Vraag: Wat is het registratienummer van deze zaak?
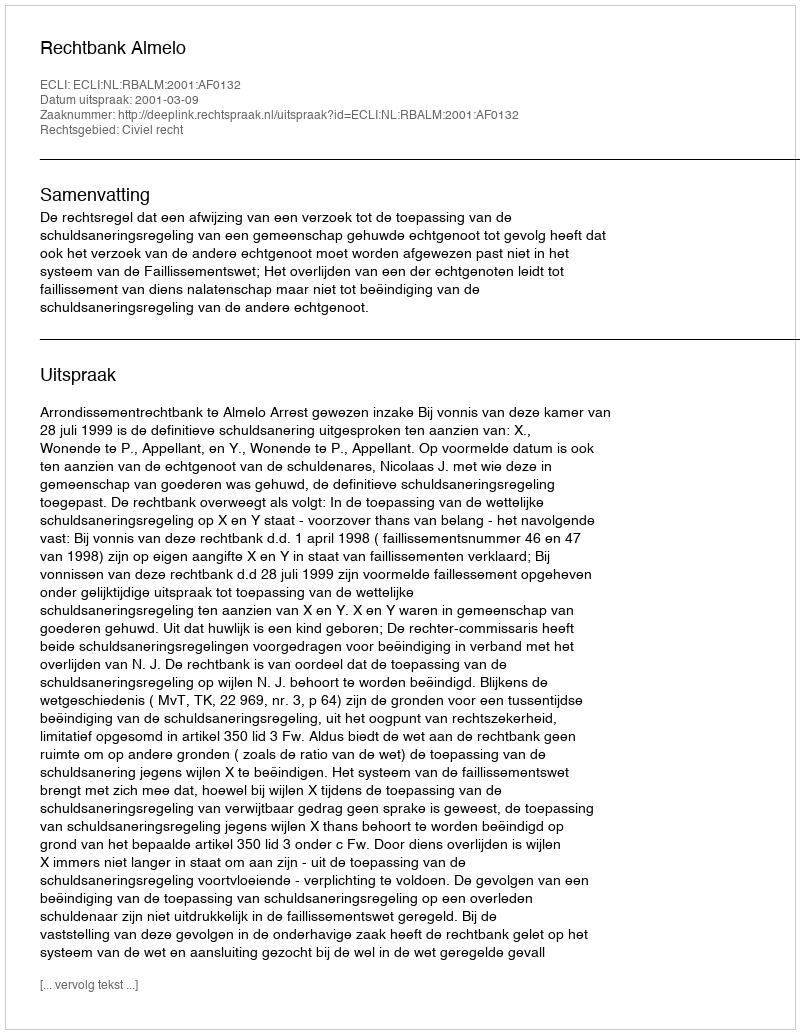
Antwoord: http://deeplink.rechtspraak.nl/uitspraak?id=ECLI:NL:RBALM:2001:AF0132